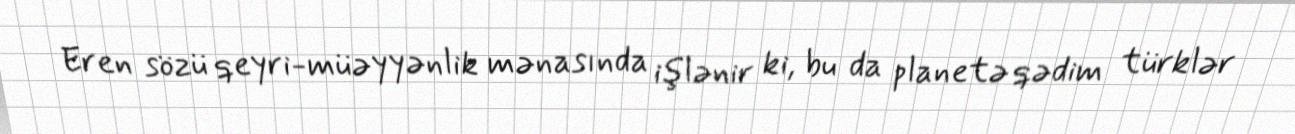
Eren sözü qeyri-müəyyənlik mənasında işlənir ki, bu da planetə qədim türklər